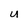
Character: U